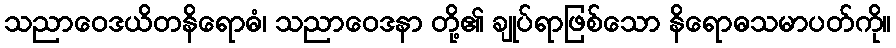
သညာဝေဒယိတနိရောဓံ၊ သညာဝေဒနာ တို့၏ ချုပ်ရာဖြစ်သော နိရောဓသမာပတ်ကို။